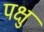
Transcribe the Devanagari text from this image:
पक्षु